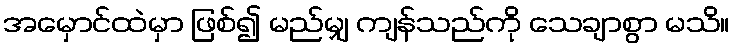
အမှောင်ထဲမှာ ဖြစ်၍ မည်မျှ ကျန်သည်ကို သေချာစွာ မသိ။